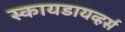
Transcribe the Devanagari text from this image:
स्कायडायव्हर्स